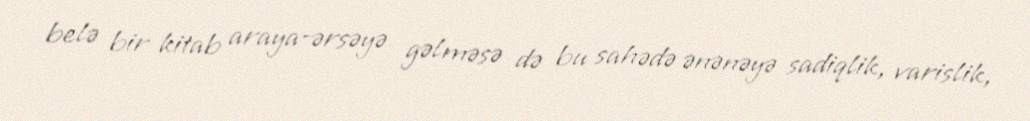
belə bir kitab araya-ərsəyə gəlməsə də bu sahədə ənənəyə sadiqlik, varislik,